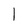
Character: 1